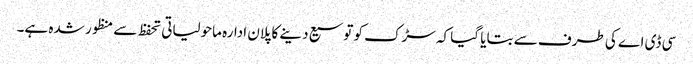
سی ڈی اے کی طرف سے بتایا گیا کہ سڑک کو توسیع دینے کا پلان ادارہ ماحولیاتی تحفظ سے منظور شدہ ہے۔